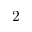
2